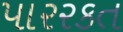
પારરકત